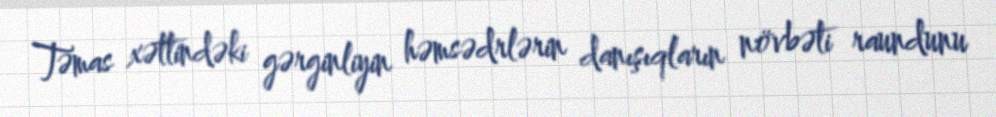
Təmas xəttindəki gərginliyin həmsədrlərin danışıqların növbəti raundunu